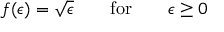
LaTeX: f ( \epsilon ) = \sqrt { \epsilon } \qquad \mathrm { f o r } \qquad \epsilon \ge 0